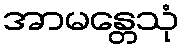
အာမန္တေသုံ